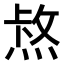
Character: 𤋈